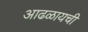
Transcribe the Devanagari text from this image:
आढळायची